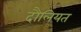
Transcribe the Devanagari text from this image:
दौलियत